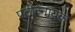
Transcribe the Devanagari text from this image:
पटोन्नायक